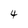
Character: 4